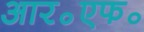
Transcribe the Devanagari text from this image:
आर॰एफ॰